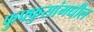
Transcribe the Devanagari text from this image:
फुफ्फुसांमधील